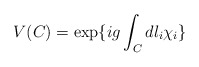
\begin{align*}V(C)=\exp\{ig\int_Cdl_i\chi_i\}\end{align*}